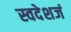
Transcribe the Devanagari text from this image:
स्वदेशजं